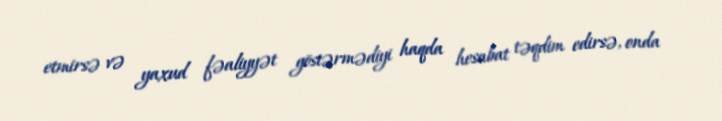
etmirsə və yaxud fəaliyyət göstərmədiyi haqda hesabat təqdim edirsə, onda